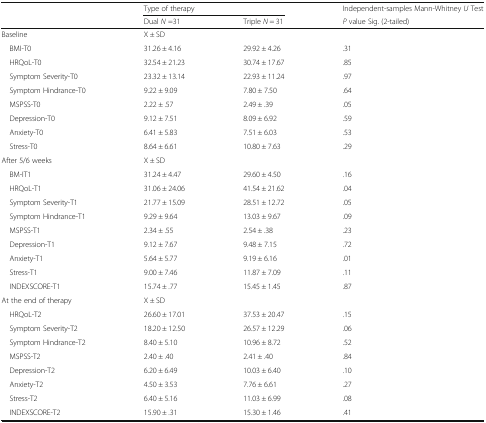
<table><thead><tr><td rowspan="2"></td><td colspan="2"><b>Type of therapy</b></td><td><b>Independent-samples Mann-Whitney <i>U</i> Test</b></td></tr><tr><td><b>Dual <i>N</i> =31</b></td><td><b>Triple <i>N</i> = 31</b></td><td><b><i>P</i> value Sig. (2-tailed)</b></td></tr></thead><tbody><tr><td>Baseline</td><td colspan="2">X ± SD</td><td></td></tr><tr><td> BMI-T0</td><td>31.26 ± 4.16</td><td>29.92 ± 4.26</td><td>.31</td></tr><tr><td> HRQoL-T0</td><td>32.54 ± 21.23</td><td>30.74 ± 17.67</td><td>.85</td></tr><tr><td> Symptom Severity-T0</td><td>23.32 ± 13.14</td><td>22.93 ± 11.24</td><td>.97</td></tr><tr><td> Symptom Hindrance-T0</td><td>9.22 ± 9.09</td><td>7.80 ± 7.50</td><td>.64</td></tr><tr><td> MSPSS-T0</td><td>2.22 ± .57</td><td>2.49 ± .39</td><td>.05</td></tr><tr><td> Depression-T0</td><td>9.12 ± 7.51</td><td>8.09 ± 6.92</td><td>.59</td></tr><tr><td> Anxiety-T0</td><td>6.41 ± 5.83</td><td>7.51 ± 6.03</td><td>.53</td></tr><tr><td> Stress-T0</td><td>8.64 ± 6.61</td><td>10.80 ± 7.63</td><td>.29</td></tr><tr><td>After 5/6 weeks</td><td colspan="3">X ± SD</td></tr><tr><td> BM-IT1</td><td>31.24 ± 4.47</td><td>29.60 ± 4.50</td><td>.16</td></tr><tr><td> HRQoL-T1</td><td>31.06 ± 24.06</td><td>41.54 ± 21.62</td><td>.04</td></tr><tr><td> Symptom Severity-T1</td><td>21.77 ± 15.09</td><td>28.51 ± 12.72</td><td>.05</td></tr><tr><td> Symptom Hindrance-T1</td><td>9.29 ± 9.64</td><td>13.03 ± 9.67</td><td>.09</td></tr><tr><td> MSPSS-T1</td><td>2.34 ± .55</td><td>2.54 ± .38</td><td>.23</td></tr><tr><td> Depression-T1</td><td>9.12 ± 7.67</td><td>9.48 ± 7.15</td><td>.72</td></tr><tr><td> Anxiety-T1</td><td>5.64 ± 5.77</td><td>9.19 ± 6.16</td><td>.01</td></tr><tr><td> Stress-T1</td><td>9.00 ± 7.46</td><td>11.87 ± 7.09</td><td>.11</td></tr><tr><td> INDEXSCORE-T1</td><td>15.74 ± .77</td><td>15.45 ± 1.45</td><td>.87</td></tr><tr><td>At the end of therapy</td><td colspan="3">X ± SD</td></tr><tr><td> HRQoL-T2</td><td>26.60 ± 17.01</td><td>37.53 ± 20.47</td><td>.15</td></tr><tr><td> Symptom Severity-T2</td><td>18.20 ± 12.50</td><td>26.57 ± 12.29</td><td>.06</td></tr><tr><td> Symptom Hindrance-T2</td><td>8.40 ± 5.10</td><td>10.96 ± 8.72</td><td>.52</td></tr><tr><td> MSPSS-T2</td><td>2.40 ± .40</td><td>2.41 ± .40</td><td>.84</td></tr><tr><td> Depression-T2</td><td>6.20 ± 6.49</td><td>10.03 ± 6.40</td><td>.10</td></tr><tr><td> Anxiety-T2</td><td>4.50 ± 3.53</td><td>7.76 ± 6.61</td><td>.27</td></tr><tr><td> Stress-T2</td><td>6.40 ± 5.16</td><td>11.03 ± 6.99</td><td>.08</td></tr><tr><td> INDEXSCORE-T2</td><td>15.90 ± .31</td><td>15.30 ± 1.46</td><td>.41</td></tr></tbody></table>